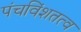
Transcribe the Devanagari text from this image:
पंचविंशतत्व